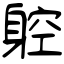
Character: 躻